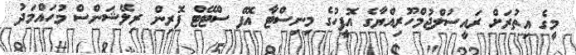
މީގެ އިތުރަށް ރައީސުލްޖުމްހޫރިއްޔާގެ އޮފީހުގެ މިނިސްޓާ އޮފް ސްޓޭޓް ފޮރިން ރިލޭޝަންސް މުހައްމަދު